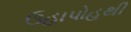
ઉહાપોહથી